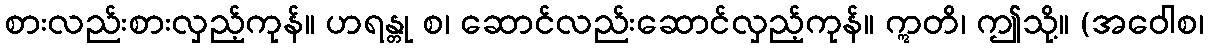
စားလည်းစားလှည့်ကုန်။ ဟရန္တု စ၊ ဆောင်လည်းဆောင်လှည့်ကုန်။ ဣတိ၊ ဤသို့။ (အဝေါစ၊